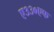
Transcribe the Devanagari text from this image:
ए३३०एफ